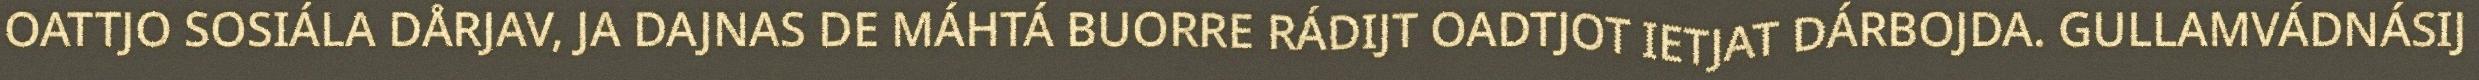
OATTJO SOSIÁLA DÅRJAV, JA DAJNAS DE MÁHTÁ BUORRE RÁDIJT OADTJOT IETJAT DÁRBOJDA. GULLAMVÁDNÁSIJ